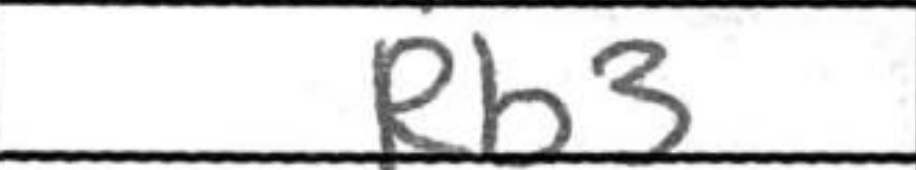
Transcription: Rb3